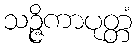
သဉ္ဇိကာပုတ္တံ